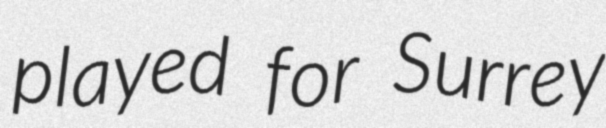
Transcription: played for Surrey